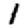
Digit: 1